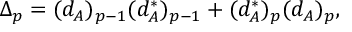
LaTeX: \Delta _ { p } = ( d _ { A } ) _ { p - 1 } ( d _ { A } ^ { * } ) _ { p - 1 } + ( d _ { A } ^ { * } ) _ { p } ( d _ { A } ) _ { p } ,